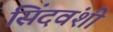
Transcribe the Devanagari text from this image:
सिंदवंशी